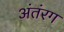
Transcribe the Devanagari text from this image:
अंतंरग